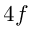
4 f